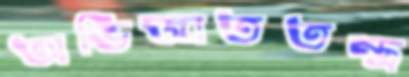
অভিজাততন্ত্র